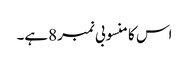
اس کا منسوبی نمبر8ہے۔